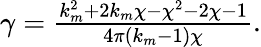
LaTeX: \begin{array}{r}{\gamma=\frac{k_{m}^{2}+2k_{m}\chi-\chi^{2}-2\chi-1}{4\pi(k_{m}-1)\chi}.}\end{array}